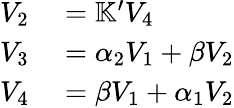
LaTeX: \begin{array}{rl}{V_{2}}&{{}=\mathbb{K}^{\prime}V_{4}}\\ {V_{3}}&{{}=\alpha_{2}V_{1}+\beta V_{2}}\\ {V_{4}}&{{}=\beta V_{1}+\alpha_{1}V_{2}}\end{array}